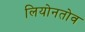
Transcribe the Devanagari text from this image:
लियोनतोव